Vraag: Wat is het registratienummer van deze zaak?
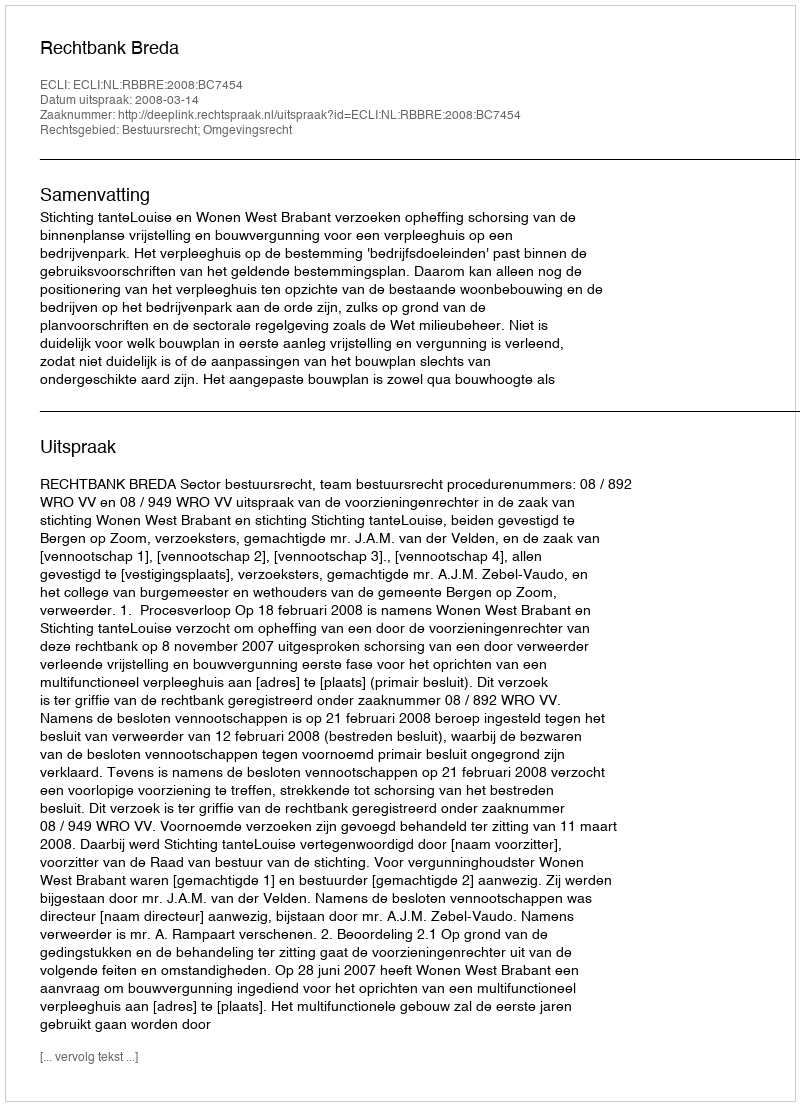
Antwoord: http://deeplink.rechtspraak.nl/uitspraak?id=ECLI:NL:RBBRE:2008:BC7454